Report of the Indian Hemp Drugs Commission, 1894-1895 - Volume V
Year: 1894
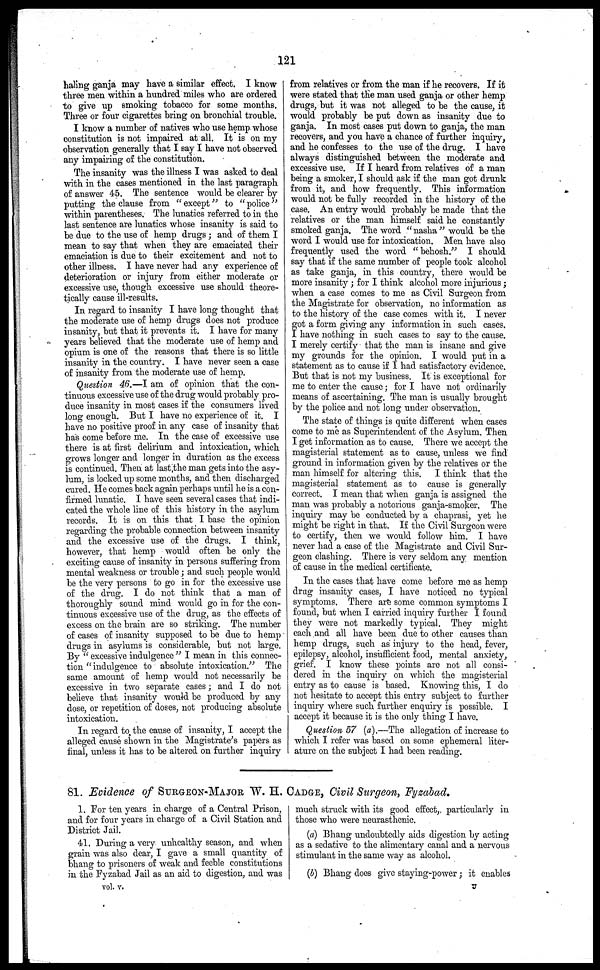
121
haling ganja may have a similar effect. I know
three men within a hundred miles who are ordered
to give up smoking tobacco for some months.
Three or four cigarettes bring on bronchial trouble.
I know a number of natives who use hemp whose
constitution is not impaired at all. It is on my
observation generally that I say I have not observed
any impairing of the constitution.
The insanity was the illness I was asked to deal
with in the cases mentioned in the last paragraph
of answer 45. The sentence would be clearer by
putting the clause from " except" to " police"
within parentheses. The lunatics referred to in the
last sentence are lunatics whose insanity is said to
be due to the use of hemp drugs; and of them I
mean to say that when they are emaciated their
emaciation is due to their excitement and not to
other illness. I have never had any experience of
deterioration or injury from either moderate or
excessive use, though excessive use should theore-
tically cause ill-results.
In regard to insanity I have long thought that
the moderate use of hemp drugs does not produce
insanity, but that it prevents it. I have for many
years believed that the moderate use of hemp and
opium is one of the reasons that there is so little
insanity in the country. I have never seen a case
of insanity from the moderate use of hemp.
Question 46.—I am of opinion that the con-
tinuous excessive use of the drug would probably pro-
duce insanity in most cases if the consumers lived
long enough. But I have no experience of it. I
have no positive proof in any case of insanity that
has come before me. In the case of excessive use
there is at first delirium and intoxication, which
grows longer and longer in duration as the excess
is continued. Then at last the man gets into the asy-
lum, is locked up some months, and then discharged
cured. He comes back again perhaps until he is a con-
firmed lunatic. I have seen several cases that indi-
cated the whole line of this history in the asylum
records. It is on this that I base the opinion
regarding the probable connection between insanity
and the excessive use of the drugs. I think,
however, that hemp would often be only the
exciting cause of insanity in persons suffering from
mental weakness or trouble; and such people would
be the very persons to go in for the excessive use
of the drug. I do not think that a man of
thoroughly sound mind would go in for the con-
tinuous excessive use of the drug, as the effects of
excess on the brain are so striking. The number
of cases of insanity supposed to be due to hemp
drugs in asylums is considerable, but not large.
By " excessive indulgence" I mean in this connec-
tion " indulgence to absolute intoxication." The
same amount of hemp would not necessarily be
excessive in two separate cases; and I do not
believe that insanity would be produced by any
dose, or repetition of doses, not producing absolute
intoxication.
In regard to the cause of insanity, I accept the
alleged cause shown in the Magistrate's papers as
final, unless it has to be altered on further inquiry
from relatives or from the man if he recovers. If it
were stated that the man used ganja or other hemp
drugs, but it was not alleged to be the cause, it
would probably be put down as insanity due to
ganja. In most cases put down to ganja, the man
recovers, and you have a chance of further inquiry,
and he confesses to the use of the drug. I have
always distinguished between the moderate and
excessive use. If I heard from relatives of a man
being a smoker, I should ask if the man got drunk
from it, and how frequently. This information
would not be fully recorded in the history of the
case. An entry would probably be made that the
relatives or the man himself said he constantly
smoked ganja. The word "nasha" would be the
word I would use for intoxication. Men have also
frequently used the word "behosh." I should
say that if the same number of people took alcohol
as take ganja, in this country, there would be
more insanity ; for I think alcohol more injurious;
when a ease comes to me as Civil Surgeon from
the Magistrate for observation, no information as
to the history of the case comes with it. I never
got a form giving any information in such cases.
I have nothing in such cases to say to the cause.
I merely certify that the man is insane and give
my grounds for the opinion. I would put in a
statement as to cause if I had satisfactory evidence.
But that is not my business. It is exceptional for
me to enter the cause; for I have not ordinarily
means of ascertaining. The man is usually brought
by the police and not long under observation.
The state of things is quite different when cases
come to me as Superintendent of the Asylum. Then
I get information as to cause. There we accept the
magisterial statement as to cause, unless we find
ground in information given by the relatives or the
man himself for altering this. I think that the
magisterial statement as to cause is generally
correct. I mean that when ganja is assigned the
man was probably a notorious ganja-smoker. The
inquiry may be conducted by a chaprasi, yet he
might be right in that. If the Civil Surgeon were
to certify, then we would follow him. I have
never had a case of the Magistrate and Civil Sur-
geon clashing. There is very seldom any mention
of cause in the medical certificate.
In the cases that have come before me as hemp
drug insanity cases, I have noticed no typical
symptoms. There are some common symptoms I
found, but when I carried inquiry further I found
they were not markedly typical. They might
each and all have been due to other causes than
hemp drugs, such as injury to the head, fever,
epilepsy, alcohol, insufficient food, mental anxiety,
grief. I know these points are not all consi-
dered in the inquiry on which the magisterial
entry as to cause is based. Knowing this, I do
not hesitate to accept this entry subject to further
inquiry where such further enquiry is possible. I
accept it because it is the only thing I have.
Question 57 (a).—The allegation of increase to
which I refer was based on some ephemeral liter-
ature on the subject I had been reading.
81. Evidence of SURGEON-MAJOR W. H. CADGE, Civil Surgeon, Fyzabad.
1. For ten years in charge of a Central Prison,
and for four years in charge of a Civil Station and
District Jail.
41. During a very unhealthy season, and when
grain was also dear, I gave a small quantity of
bhang to prisoners of weak and feeble constitutions
in the Fyzabad Jail as an aid to digestion, and was
much struck with its good effect, particularly in
those who were neurasthenic.
(a) Bhang undoubtedly aids digestion by acting
as a sedative to the alimentary canal and a nervous
stimulant in the same way as alcohol.
(b) Bhang does give staying-power; it enables
vol. v.
U